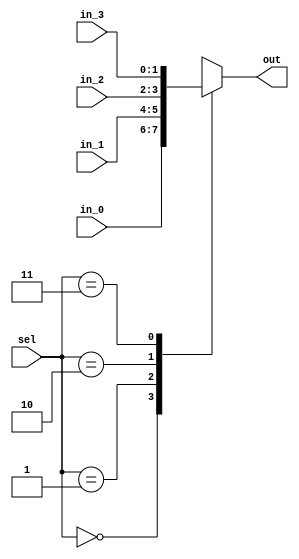
// This program was cloned from: https://github.com/jeceljr/baby8
// License: MIT License

/*
 * Generated by Digital. Don't modify this file!
 * Any changes will be lost if this file is regenerated.
 */

module Mux_4x1_NBits #(
    parameter Bits = 2
)
(
    input [1:0] sel,
    input [(Bits - 1):0] in_0,
    input [(Bits - 1):0] in_1,
    input [(Bits - 1):0] in_2,
    input [(Bits - 1):0] in_3,
    output reg [(Bits - 1):0] out
);
    always @ (*) begin
        case (sel)
            2'h0: out = in_0;
            2'h1: out = in_1;
            2'h2: out = in_2;
            2'h3: out = in_3;
            default:
                out = 'h0;
        endcase
    end
endmodule


// This simple circuit can do all the operations needed to execute Baby8 instructions
module baby8_logic (
  input [1:0] logSel, // select logical operation between A and B or just use B
  input [7:0] A,
  input [7:0] B,
  output [7:0] R // result of the addition

);
  wire [7:0] s0;
  wire [7:0] s1;
  wire [7:0] s2;
  assign s0 = (A & B);
  assign s1 = (A | B);
  assign s2 = (A ^ B);
  Mux_4x1_NBits #(
    .Bits(8)
  )
  Mux_4x1_NBits_i0 (
    .sel( logSel ),
    .in_0( s0 ),
    .in_1( s1 ),
    .in_2( s2 ),
    .in_3( B ),
    .out( R )
  );
endmodule